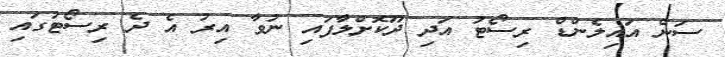
ސަން އައިލެންޑް ރިސޯޓު އަދި ދޫކޮށްލާފައި ނުވާ އިރު އެ ދެ ރިސޯޓުގައި